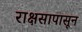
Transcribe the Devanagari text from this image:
राक्षसापासून